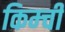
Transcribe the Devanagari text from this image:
किम्ची